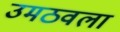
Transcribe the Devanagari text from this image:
उमठवला